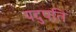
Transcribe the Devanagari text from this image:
यदुपति